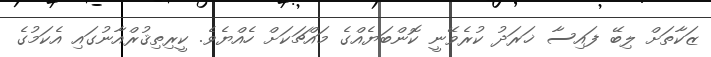
ޒަކާތަށް ލިބޭ ފައިސާ ޚަރަދު ކުރެވޭނީ ކޮންބަޔެއްގެ މައްޗަކަށް ހެއްޔެވެ. ކީރިތިޤުރްއާނުގައި އެކަމުގެ